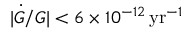
| \dot { G } / G | < 6 \times 1 0 ^ { - 1 2 } \, \mathrm { y r } ^ { - 1 }